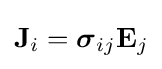
\mathbf {J} _{i}={\boldsymbol {\sigma }}_{ij}\mathbf {E} _{j}